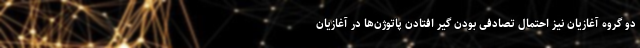
دو گروه آغازیان نیز احتمال تصادفی بودن گیر افتادن پاتوژن‌ها در آغازیان